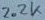
Text: 2.2K